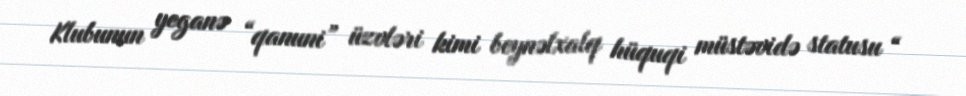
Klubunun yeganə “qanuni” üzvləri kimi beynəlxalq hüquqi müstəvidə statusu “